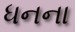
ધનના